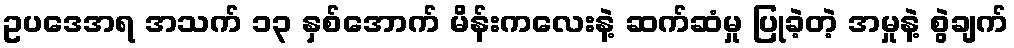
ဥပဒေအရ အသက် ၁၃ နှစ်အောက် မိန်းကလေးနဲ့ ဆက်ဆံမှု ပြုခဲ့တဲ့ အမှုနဲ့ စွဲချက်